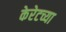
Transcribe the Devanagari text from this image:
केरेटच्या